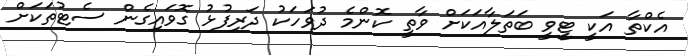
އެކްތާ އަކީ ޓީވީ ބަތަލާއަކަށް ވާތީ ކޮންމެ ދުވަހަކު ދަރިފުޅު ގޮވައިގެން ސެޓުތަކަށް